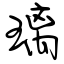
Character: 璃